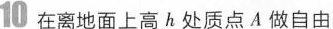
10 在离地面上高h处质点A做自由